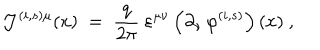
{ \mathcal J } ^ { ( i , s ) \mu } ( x ) \; = \; \frac { q } { 2 \pi } ~ \varepsilon ^ { \mu \nu } \left( \partial _ { \nu } \, \varphi ^ { ( i , s ) } \right) ( x ) ~ ,